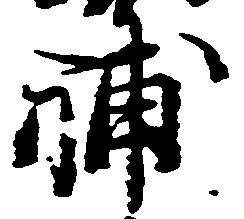
補